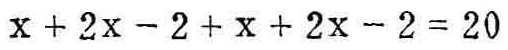
$x + 2x - 2 + x + 2x - 2 = 20$